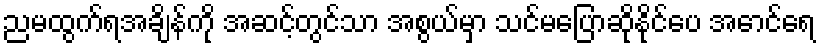
ညမထွက်ရအချိန်ကို အဆင့်တွင်သာ အစွယ်မှာ သင်မပြောဆိုနိုင်ပေ အောင်ရေ